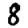
Digit: 8